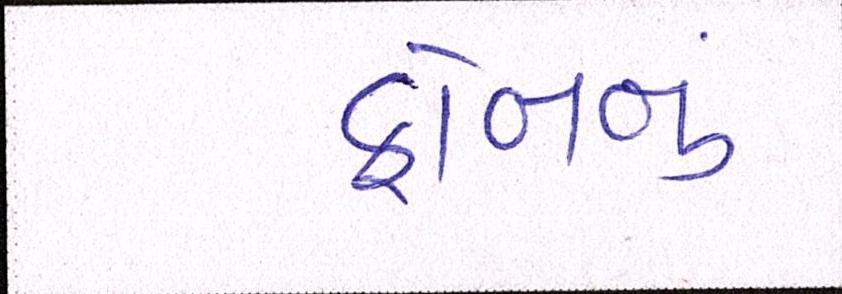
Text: ફોનનું